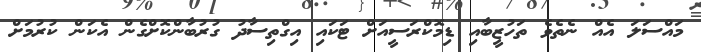
މައްސަލަ އެއް ނެތެވެ ތަހުޒީބާއި ޑިމޮކްރަސީއަށް ޓަކައި އިގްތިސާދު ގުރުބާންކޮށްގެން އެކަން ކުރުމަށް